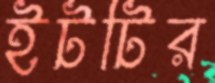
ইটটির